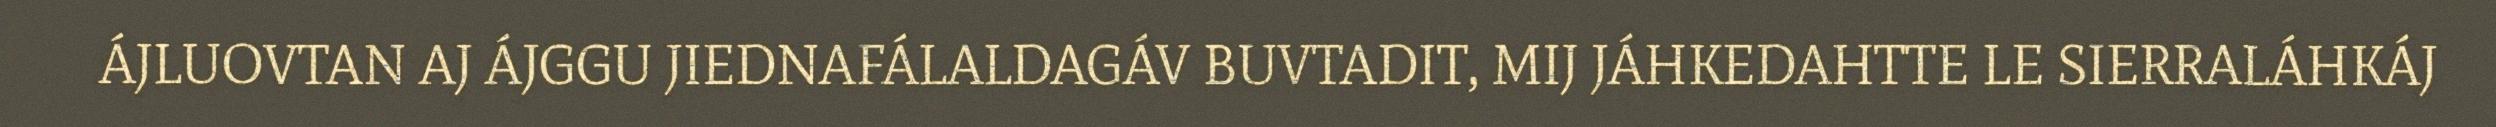
ÁJLUOVTAN AJ ÁJGGU JIEDNAFÁLALDAGÁV BUVTADIT, MIJ JÁHKEDAHTTE LE SIERRALÁHKÁJ